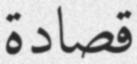
قصادة